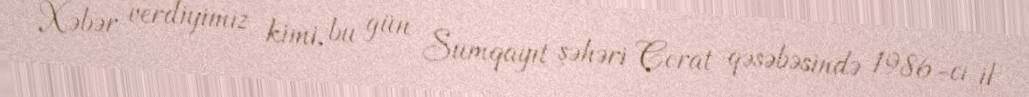
Xəbər verdiyimiz kimi, bu gün Sumqayıt şəhəri Corat qəsəbəsində 1986-cı il